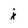
Character: j